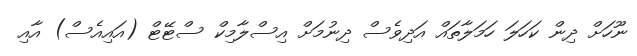
ނޫހަށް ދިން ކަހަލަ ހަމަލާތައް އަދިވެސް ދިނުމަށް އިސްލާމިކް ސްޓޭޓް (އައިއެސް) އާއި